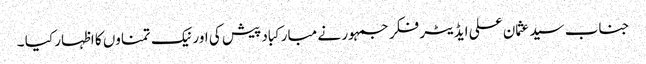
جناب سید عثمان علی ایڈیٹر فکر جمہور نے مبارکباد پیش کی اور نیک تمناوں کا اظہار کیا ۔